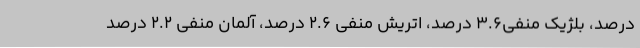
درصد، بلژیک منفی3.6 درصد، اتریش منفی 2.6 درصد، آلمان منفی 2.2 درصد